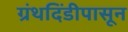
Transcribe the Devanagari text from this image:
ग्रंथदिंडीपासून